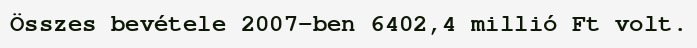
Összes bevétele 2007-ben 6402,4 millió Ft volt.